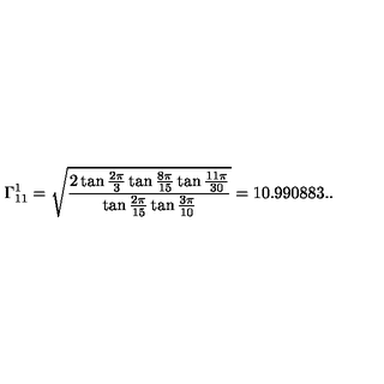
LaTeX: \Gamma _ { 1 1 } ^ { 1 } = \sqrt { \frac { 2 \tan \frac { 2 \pi } { 3 } \tan \frac { 8 \pi } { 1 5 } \tan \frac { 1 1 \pi } { 3 0 } } { \tan \frac { 2 \pi } { 1 5 } \tan \frac { 3 \pi } { 1 0 } } } = 1 0 . 9 9 0 8 8 3 . .